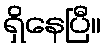
ရှိနေပြီ။